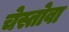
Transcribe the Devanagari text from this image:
चेस्तोवा